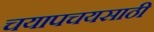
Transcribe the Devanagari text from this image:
चयापचयसाठी